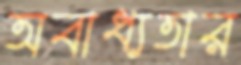
অবাধ্যতার